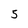
Character: 5